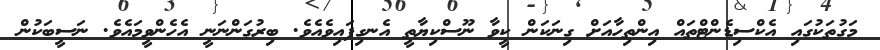
މަގުތަކުގައި އެކްސިޑެންޓްތައް އިންތިހާއަށް ގިނަކަން ކީވާ ނޫސްކިޔާތީ އެނގިފައިވެއެވެ. ބިރުގަންނަނީ އެހެންވީމައެވެ. ނަސީބަކުން